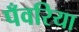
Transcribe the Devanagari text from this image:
पँवरिया